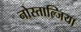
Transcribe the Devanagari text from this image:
नोस्ताल्जिया